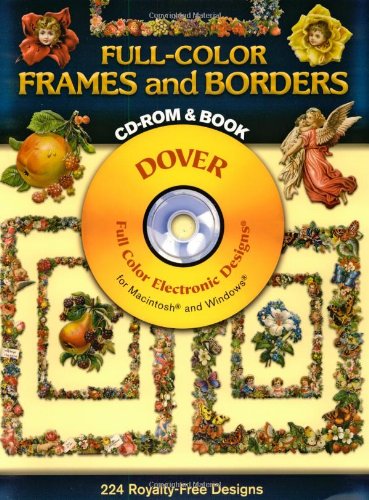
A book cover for Full-Color Frames and Borders CD-ROM and Book (Dover Electronic Clip Art); Dover; Crafts, Hobbies & Home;